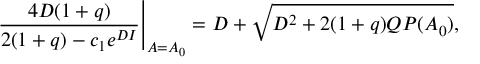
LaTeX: \frac { 4 D ( 1 + q ) } { 2 ( 1 + q ) - c _ { 1 } e ^ { D I } } \Bigg \vert _ { A = A _ { 0 } } = D + \sqrt { D ^ { 2 } + 2 ( 1 + q ) Q P ( A _ { 0 } ) } ,